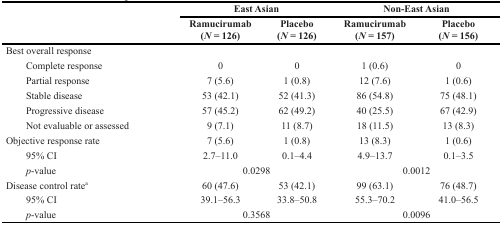
<table><thead><tr><td rowspan="2"></td><td colspan="2"><b>East Asian</b></td><td colspan="2"><b>Non-East Asian</b></td></tr><tr><td><b>Ramucirumab (<i>N</i> = 126)</b></td><td><b>Placebo (<i>N</i> = 126)</b></td><td><b>Ramucirumab (<i>N</i> = 157)</b></td><td><b>Placebo (<i>N</i> = 156)</b></td></tr></thead><tbody><tr><td>Best overall response</td><td></td><td></td><td></td><td></td></tr><tr><td>Complete response</td><td>0</td><td>0</td><td>1 (0.6)</td><td>0</td></tr><tr><td>Partial response</td><td>7 (5.6)</td><td>1 (0.8)</td><td>12 (7.6)</td><td>1 (0.6)</td></tr><tr><td>Stable disease</td><td>53 (42.1)</td><td>52 (41.3)</td><td>86 (54.8)</td><td>75 (48.1)</td></tr><tr><td>Progressive disease</td><td>57 (45.2)</td><td>62 (49.2)</td><td>40 (25.5)</td><td>67 (42.9)</td></tr><tr><td>Not evaluable or assessed</td><td>9 (7.1)</td><td>11 (8.7)</td><td>18 (11.5)</td><td>13 (8.3)</td></tr><tr><td>Objective response rate</td><td>7 (5.6)</td><td>1 (0.8)</td><td>13 (8.3)</td><td>1 (0.6)</td></tr><tr><td>95% CI</td><td>2.7–11.0</td><td>0.1–4.4</td><td>4.9–13.7</td><td>0.1–3.5</td></tr><tr><td><i>p</i>-value</td><td colspan="2">0.0298</td><td colspan="2">0.0012</td></tr><tr><td>Disease control rate<sup>a</sup></td><td>60 (47.6)</td><td>53 (42.1)</td><td>99 (63.1)</td><td>76 (48.7)</td></tr><tr><td>95% CI</td><td>39.1–56.3</td><td>33.8–50.8</td><td>55.3–70.2</td><td>41.0–56.5</td></tr><tr><td><i>p</i>-value</td><td colspan="2">0.3568</td><td colspan="2">0.0096</td></tr></tbody></table>